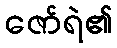
ဇော်ရဲ၏